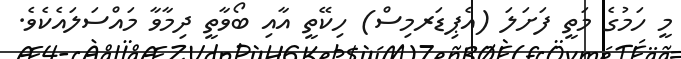
މީ ހަމުގެ މަތީ ފަށަލަ (އެޕިޑަރމިސް) ހިކޭތީ އާއި ބޯވާތީ ދިމާވާ މައްސަލައެކެވެ.